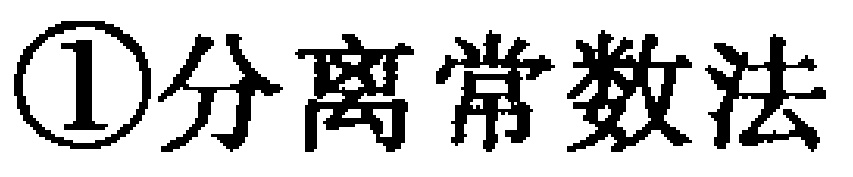
\textcircled{1}分离常数法